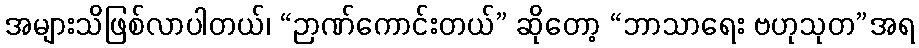
အများသိဖြစ်လာပါတယ်၊ “ဉာဏ်ကောင်းတယ်” ဆိုတော့ “ဘာသာရေး ဗဟုသုတ”အရ